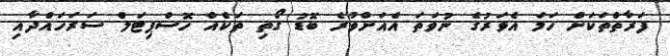
ފަރާތްތަކަށް ހަމަ އެވަރުގެ ނުވަތަ އެއަށްވުރެ ބޮޑު ގޯތި ތަކެއް ހޮސްޕިޓަލް ސަރަހައްދާއި